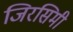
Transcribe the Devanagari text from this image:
जिरसिमी